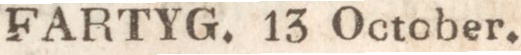
FARTYG. 13 October.